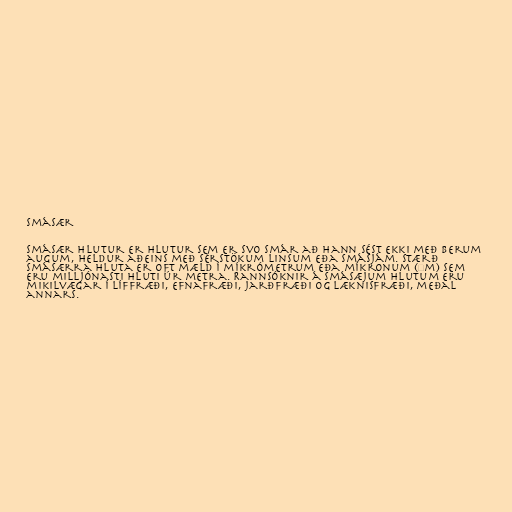
Smásær

Smásær hlutur er hlutur sem er svo smár að hann sést ekki með berum
augum, heldur aðeins með sérstökum linsum eða smásjám. Stærð
smásærra hluta er oft mæld í míkrómetrum eða míkronum (μm) sem
eru milljónasti hluti úr metra. Rannsóknir á smásæjum hlutum eru
mikilvægar í líffræði, efnafræði, jarðfræði og læknisfræði, meðal
annars.